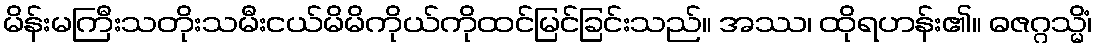
မိန်းမကြီးသတိုးသမီးငယ်မိမိကိုယ်ကိုထင်မြင်ခြင်းသည်။ အဿ၊ ထိုရဟန်း၏။ ဓဇဂ္ဂသ္မိံ၊